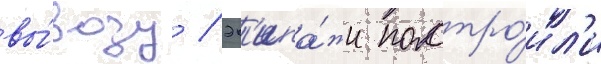
вы́возу / эк'ипа́жи постро́ил'и